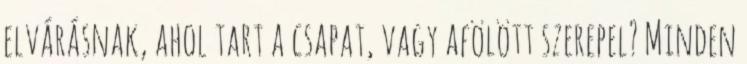
elvárásnak, ahol tart a csapat, vagy afölött szerepel? Minden